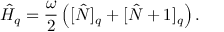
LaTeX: \hat { H } _ { q } = \frac { \omega } { 2 } \left( [ \hat { N } ] _ { q } + [ \hat { N } + 1 ] _ { q } \right) .